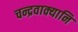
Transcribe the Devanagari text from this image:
चन्द्रवाक्यानि